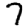
Digit: 7